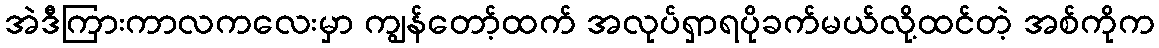
အဲဒီကြားကာလကလေးမှာ ကျွန်တော့်ထက် အလုပ်ရှာရပိုခက်မယ်လို့ထင်တဲ့ အစ်ကိုက